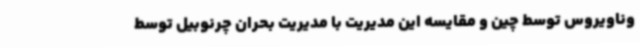
وناویروس توسط چین و مقایسه این مدیریت با مدیریت بحران چرنوبیل توسط